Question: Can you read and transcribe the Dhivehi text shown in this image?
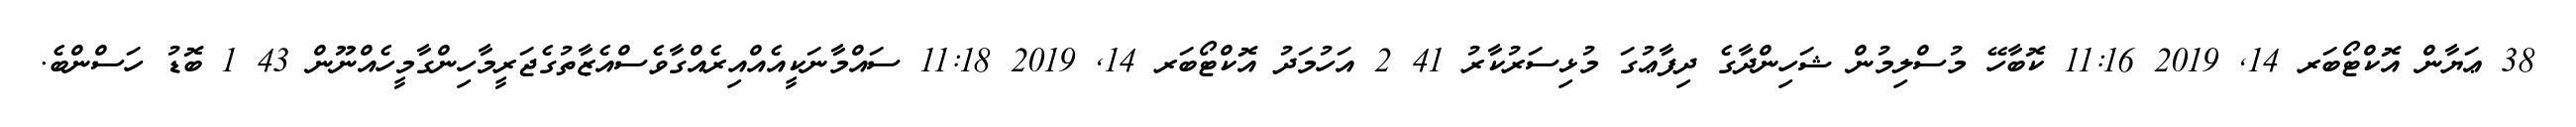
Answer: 38 ޢަޔާން އޮކްޓޯބަރ 14, 2019 11:16 ކޮބާހޭ މުސްލިމުން ޝަހިންދާގެ ދިފާޢުގަ މުޅިސަރުކާރު 41 2 އަހުމަދު އޮކްޓޯބަރ 14, 2019 11:18 ސައްމާނަކީއެއްއިރެއްގާވެސްއެޒާތުގެޖަރީމާހިންގާމީހެއްނޫން 43 1 ބޮޑު ހަސްންބެ.